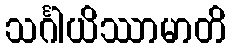
သင်္ဂါယိဿာမာတိ